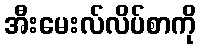
အီးမေးလ်လိပ်စာကို